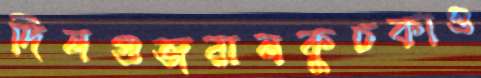
দিনগুজরানকুচকাও